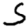
Digit: 5